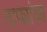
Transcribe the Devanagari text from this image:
ताफ्यांचा